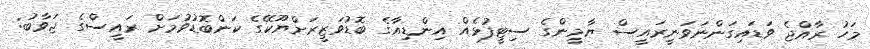
މަހު ރާއްޖެ ވަޑައިގަންނަވަނީރައީސް ޔާމީންގެ ސިޓީފުޅެއް އިންޑިއާގެ ބޮޑުވަޒީރަށްޔޫކޭގެ ކަންބޮޑުވުމަށް ރައީސްގެ ޖަވާބު: